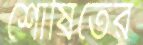
শোষিতের